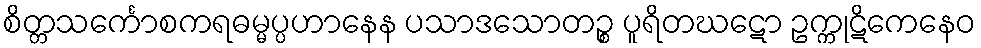
စိတ္တသင်္ကောစကရဓမ္မပ္ပဟာနေန ပသာဒသောတဉ္စ ပူရိတဃဋော ဥက္ကုဋိကေနေဝ